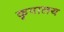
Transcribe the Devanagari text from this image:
कृपालय